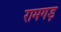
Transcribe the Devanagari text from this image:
रामगड़